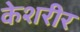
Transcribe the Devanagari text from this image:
केशरीर